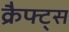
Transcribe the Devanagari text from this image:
क्रैफ्ट्स